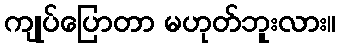
ကျုပ်ပြောတာ မဟုတ်ဘူးလား။